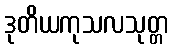
ဒုတိယကုသလသုတ္တ